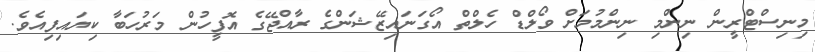
މިނިސްޓްރީން ނިންމި ނިންމުމަށް ވޯލްޑް ހެލްތް އޯގަނައިޒޭޝަންގެ ރާއްޖޭގެ އޮފީހުން މަރުހަބާ ކިޔައިފިއެވެ.